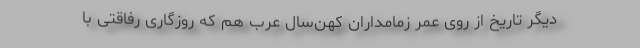
دیگر تاریخ از روی عمر زمامداران کهن‌سال عرب هم که روزگاری رفاقتی با